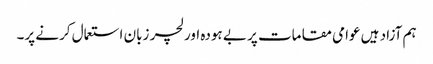
ہم آزاد ہیں عوامی مقامات پر بے ہودہ اور لچر زبان استعمال کرنے پر۔